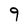
Character: 9